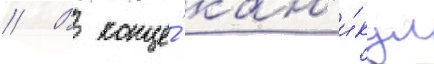
// В конце́ кан'и́кул